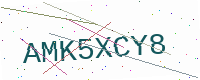
Text: AMK5XCY8